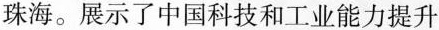
珠海。展示了中国科技和工业能力提升